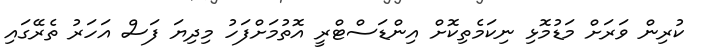
ކުރިން ވަރަށް މަޑުމޮޅި ނިކަމެތިކޮށް އިންޑަސްޓްރީ އޮތުމަށްފަހު މިދިޔަ ފަސް އަހަރު ތެރޭގައި